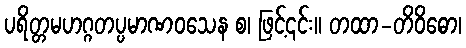
ပရိတ္တမဟဂ္ဂတပ္ပမာဏဝသေန စ၊ ဖြင့်၎င်း။ တထာ-တိဝိဓော၊